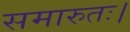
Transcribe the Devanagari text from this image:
समारुतः।